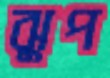
ঝুপ